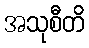
အသုစီတိ